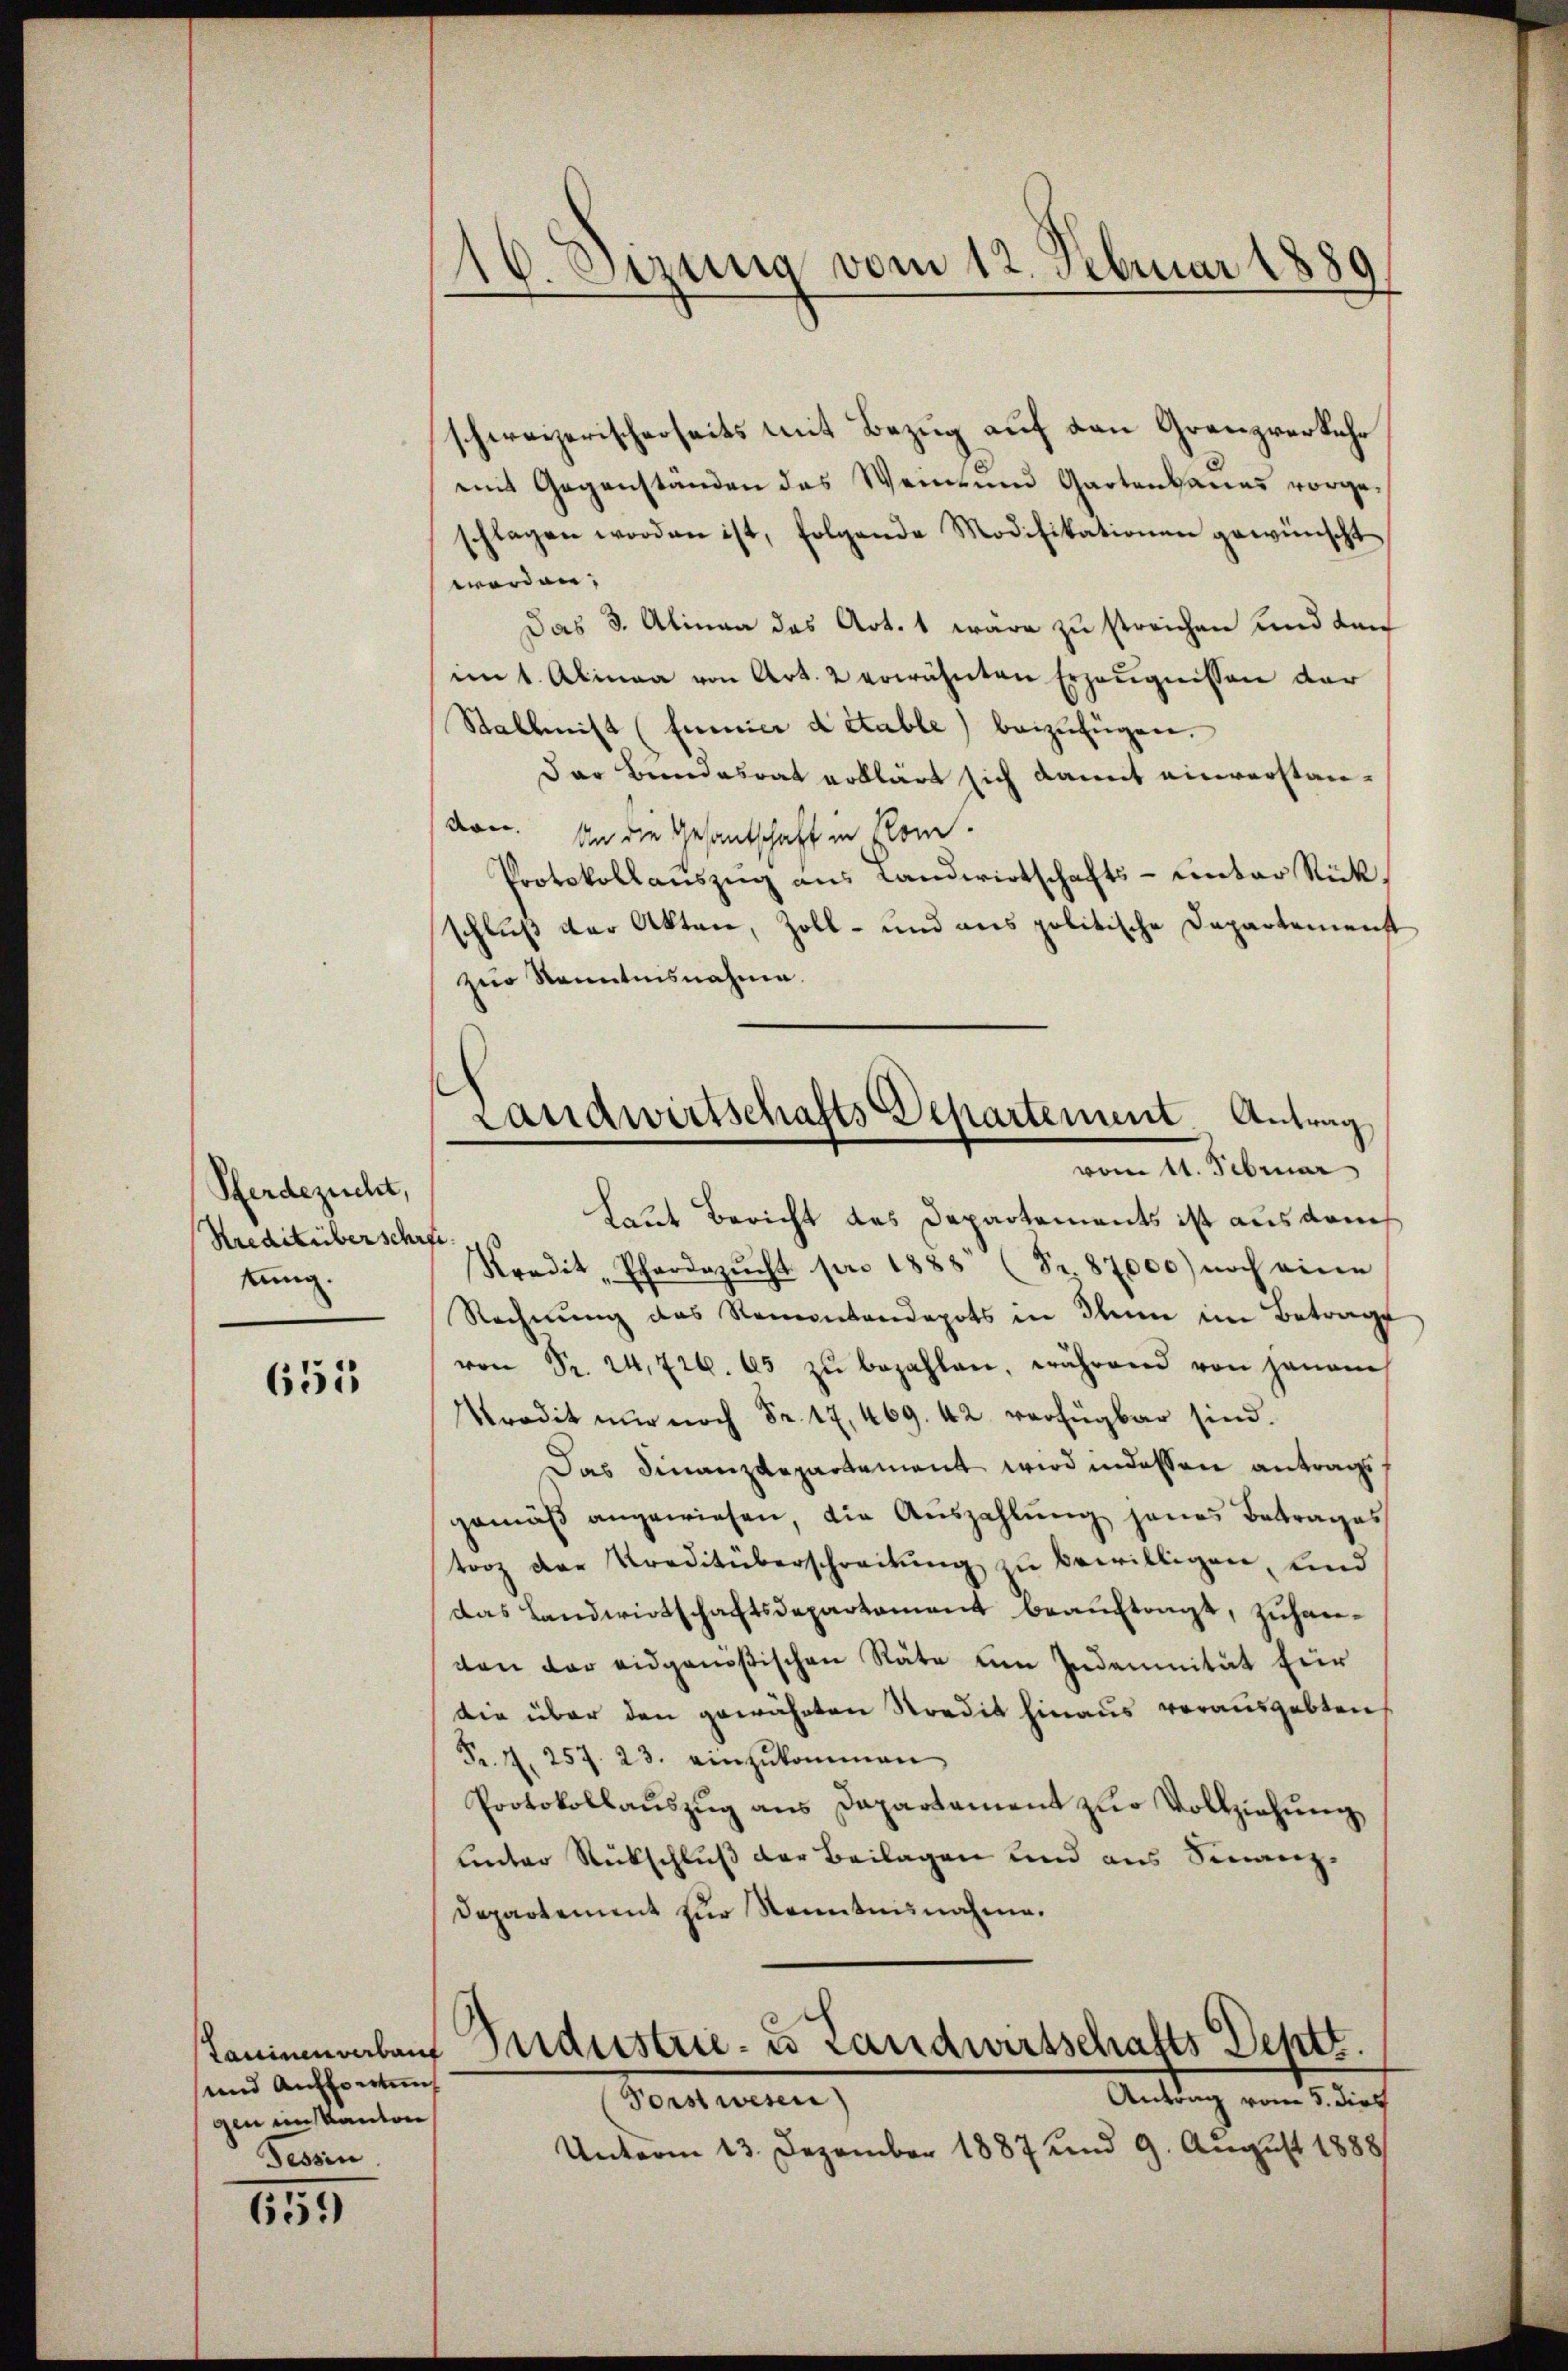
Pferdezucht,
Kreditüber schrei
tung.

655

Taninen verbauf
und Auffowing
gen ein Kanton
Tessin

659)

16. Sezung vom 12. Februar 1889/

schweizerischerseits mit Bezug auf den Grenzverkehr
mit Gegenständen das Weine und Gartenbaues vorge-
schlagen worden ist, folgende Modifikationen gewünscht
worden.
Das 3. Alinea das Art. 1 wäre zu streichen und dan
im 1. Alinea von Art. 2 erwähnten Erzeŭgnissen der
Stallmist (fumier detable) beizufügen.
Der Bundesrat erklärt sich damit einverstandon. An die Gesantschaft in Rom
Protokollauszug aus Landwirtschafts- unter Rückschluß der Akten, Zoll- und aus politische Departemenst
zur Kenntnisnahme.
Laut Bericht des Departements ist aus dem
Kredit Pferdezŭcht pro 1888 (Nr. 87000) noch eine
Rechnŭng des Ramontandepots in Ihm im Betrage
von Fr. 24. 726. 65 zŭ bezahlen, während von jenam
Predit nur noch Fr. 17, 469. 42. verfügbar sind.
Das Finanzdepartement wird indessen antrags
gemäß angewiesen, die Auszahlŭng jenes Betrages
torz der Kreditüberschreitŭng zŭ bewilligen, und
das Landwirtschaftsdepartement beauftragt, zuhanten der eidgenößischen Räte um Indemnität für
die über den gewährten Stredit hinaus vorausgebten
Nr. 4. 257. 23. einzŭkommen
Protokollaŭszŭg ans Dapartament zŭr Vollziehŭng
unter Rückschluß der Beilagen und aus Finanz¬
Departement zur Kenntnisnahme.

Landwirtschafts Departement Antrag
vom 24. Februar

Industrie- u Landwirtschafts Deptt.
Antrag vom 5. dies

Forstwesen)
Unterm 13. Dezember 1887 und 9. August 1888